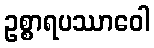
ဥစ္စာရပဿာဝေါ